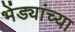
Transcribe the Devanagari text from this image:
भेंड्यांच्या